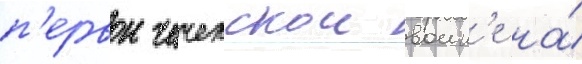
п'ервои чеченскои воин'е на́